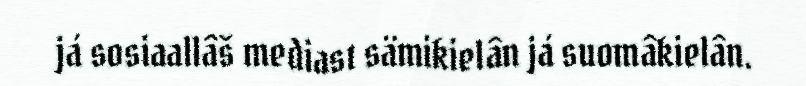
já sosiaallâš mediast sämikielân já suomâkielân.